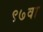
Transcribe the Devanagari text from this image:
९७वा